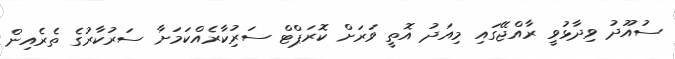
ސުއޫދު ވިދާޅުވީ ރާއްޖޭގައި މިއަދު އޮތީ ވަރަށް ކޮރަޕްޓް ސަރުިކާރެއްކަމަށާ ސަރުކާރުގެ ތެރެއިން